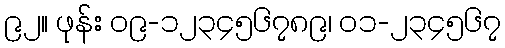
၉၂။ ဖုန်း ၀၉-၁၂၃၄၅၆၇၈၉၊ ၀၁-၂၃၄၅၆၇